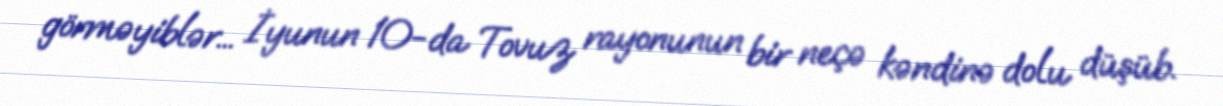
görməyiblər... İyunun 10-da Tovuz rayonunun bir neçə kəndinə dolu düşüb.